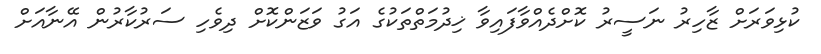
ކުޅިވަރަށް ޒާހިރު ނަސީރު ކޮށްދެއްވާފައިވާ ޚިދުމަތްތަކުގެ އަގު ވަޒަންކޮށް ދިވެހި ސަރުކާރުން އޭނާއަށް